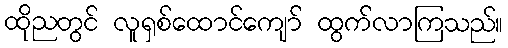
ထိုညတွင် လူရှစ်ထောင်ကျော် ထွက်လာကြသည်။